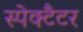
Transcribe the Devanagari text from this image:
स्पेक्टैटर